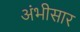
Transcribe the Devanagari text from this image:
अंभीसार